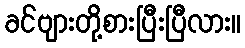
ခင်ဗျားတို့စားပြီးပြီလား။